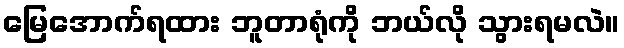
မြေအောက်ရထား ဘူတာရုံကို ဘယ်လို သွားရမလဲ။